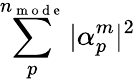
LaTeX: \sum_{p}^{n_{\mathrm{~m~o~d~e~}}}|\alpha_{p}^{m}|^{2}